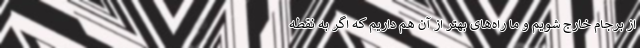
از برجام خارج شویم و ما راه‌های بهتر از آن هم داریم که اگر به نقطه